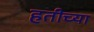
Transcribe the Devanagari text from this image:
हतीच्या